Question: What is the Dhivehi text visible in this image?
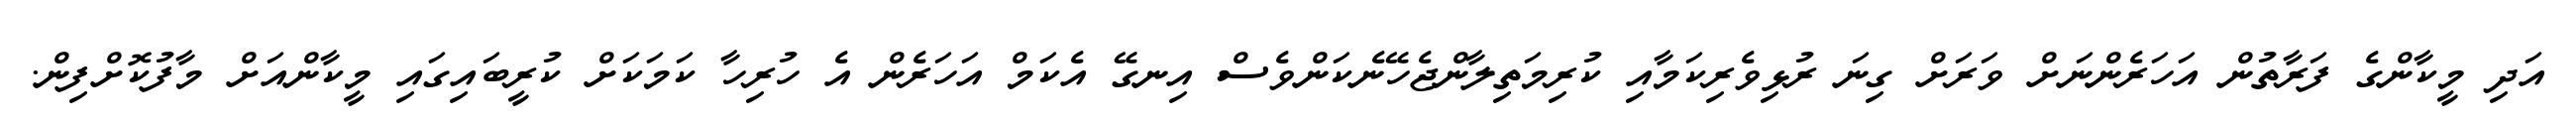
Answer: އަދި މީކާންގެ ފަރާތުން އަހަރެންނަށް ވަރަށް ގިނަ ރުޅިވެރިކަމާއި ކުރިމަތިލާންޖެހޭނެކަންވެސް އިނގޭ އެކަމް އަހަރެން އެ ހުރިހާ ކަމަކަށް ކުރީބައިގައި މީކާންއަށް މާފުކޮށްފިން.